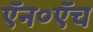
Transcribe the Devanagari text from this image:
ऍन०ऍच